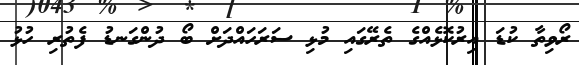
ރޯވިތާ ކުޑަ އިރުކޮޅެއްގެ ތެރޭގައި މުޅި ސަރަހައްދަށް ބޯ ދުންގަނޑު ފެތުރި ހުޅު